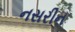
નસરીન